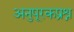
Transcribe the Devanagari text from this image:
अनुपूरकप्रश्न